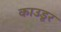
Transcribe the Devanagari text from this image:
काउडूर